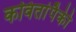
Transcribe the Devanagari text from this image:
कवितांपैकी